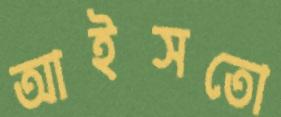
আইসতো